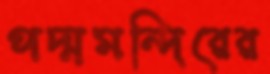
পদ্মমন্দিরের